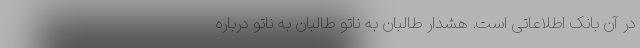
در آن بانک اطلاعاتی است. هشدار طالبان به ناتو طالبان به ناتو درباره